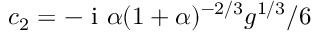
c _ { 2 } = - \mathrm { ~ i ~ } \alpha ( 1 + \alpha ) ^ { - 2 / 3 } g ^ { 1 / 3 } / 6